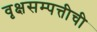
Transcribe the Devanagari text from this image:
वृक्षसम्पत्तीची